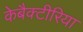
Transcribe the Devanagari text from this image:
केबैक्टीरिया